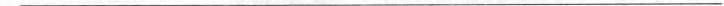
___